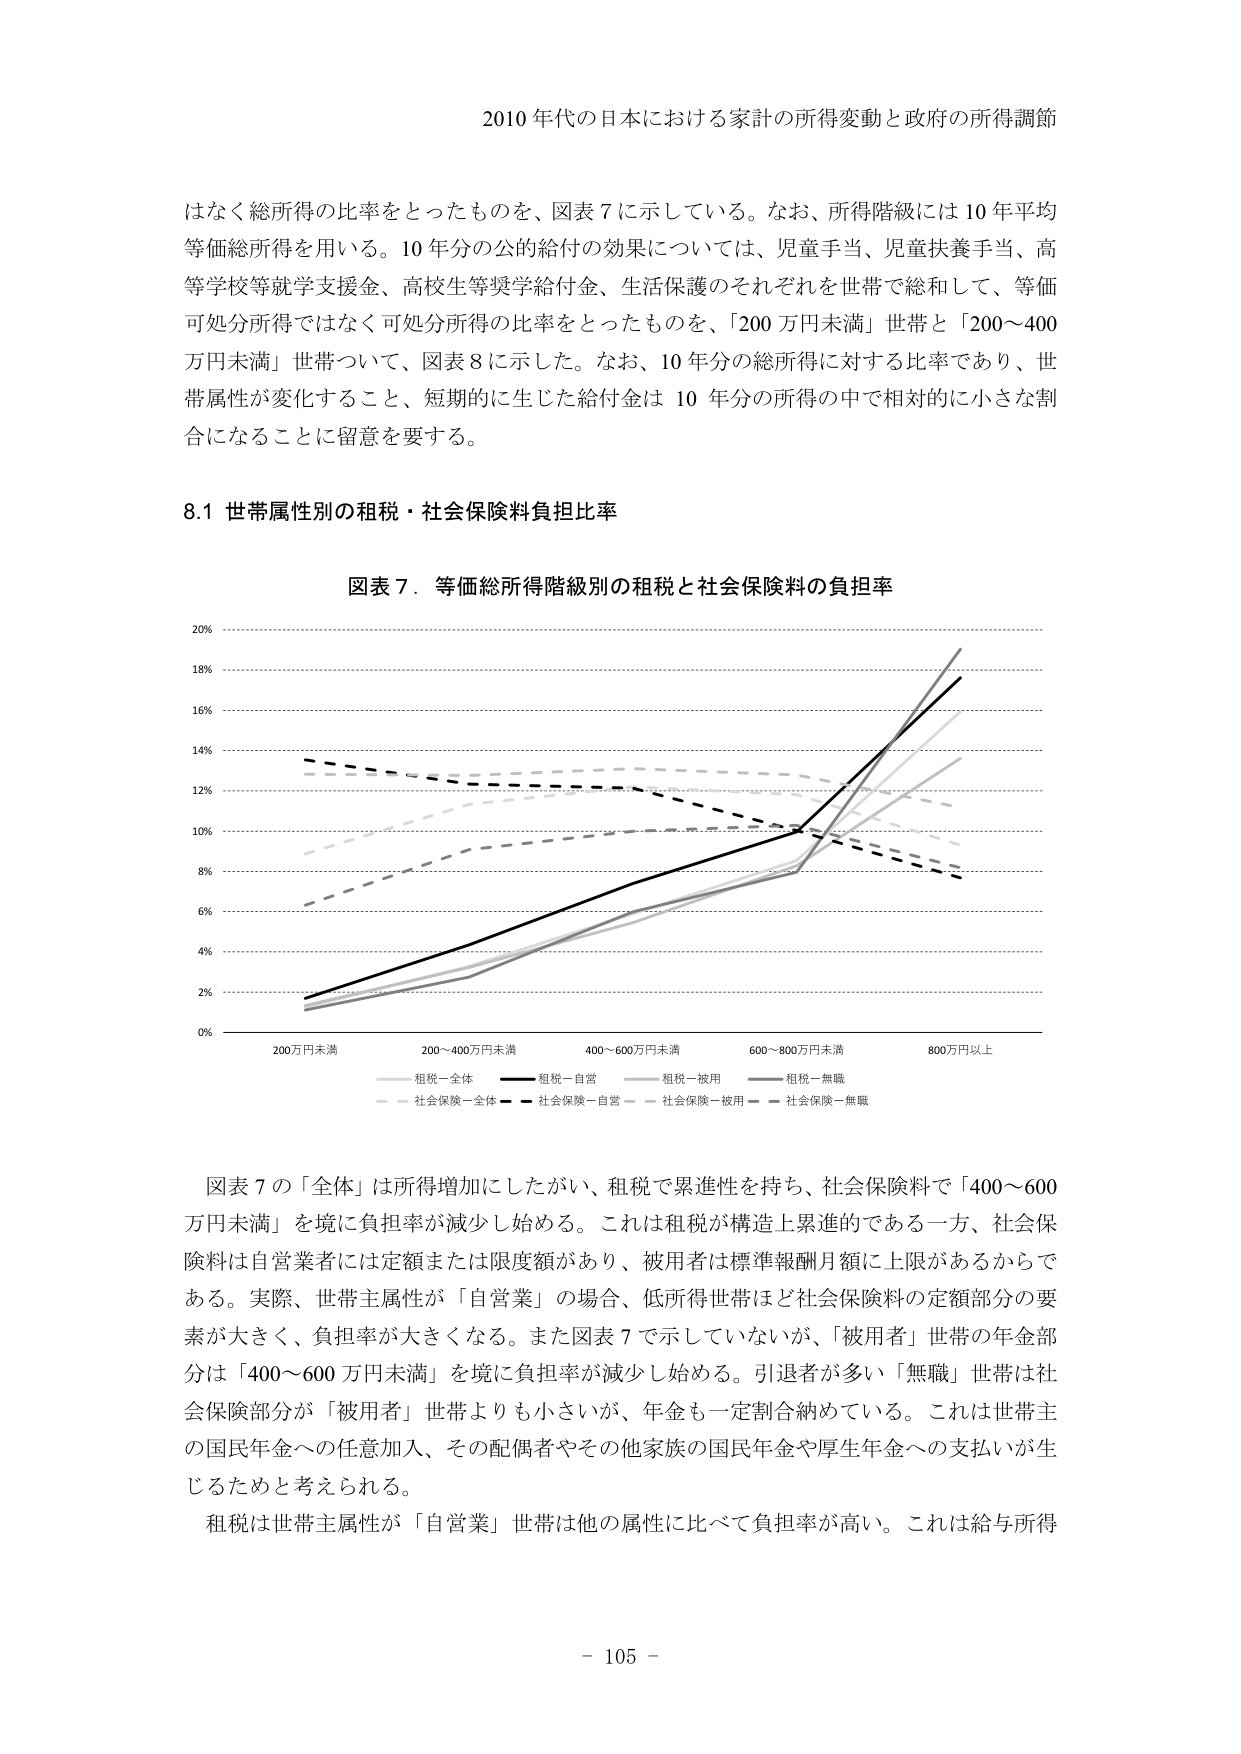
2010 年代の日本における家計の所得変動と政府の所得調節

はなく総所得の比率をとったものを、図表 7 に示している。なお、所得階級には 10 年平均等価総所得を用いる。10 年分の公的給付の効果については、児童手当、児童扶養手当、高等学校等就学支援金、高校生等奨学給付金、生活保護のそれぞれを世帯で総和して、等価可処分所得ではなく可処分所得の比率をとったものを、「200 万円未満」世帯と「200～400 万円未満」世帯ついて、図表 8 に示した。なお、10 年分の総所得に対する比率であり、世帯属性が変化すること、短期的に生じた給付金は 10 年分の所得の中で相対的に小さな割合になることに留意を要する。

8.1 世帯属性別の租税・社会保険料負担比率

図表 7．等価総所得階級別の租税と社会保険料の負担率

20%
18%
16%
14%
12%
10%
8%
6%
4%
2%
0%

200万円未満　　200～400万円未満　　400～600万円未満　　600～800万円未満　　800万円以上

租税－全体　　租税－自営　　租税－被用　　租税－無職
社会保険－全体　　社会保険－自営　　社会保険－被用　　社会保険－無職

図表 7 の「全体」は所得増加にしたがい、租税で累進性を持ち、社会保険料で「400～600 万円未満」を境に負担率が減少し始める。これは租税が構造上累進的である一方、社会保険料は自営業者には定額または限度額があり、被用者は標準報酬月額に上限があるからである。実際、世帯主属性が「自営業」の場合、低所得世帯ほど社会保険料の定額部分の要素が大きく、負担率が大きくなる。また図表 7 で示していないが、「被用者」世帯の年金部分は「400～600 万円未満」を境に負担率が減少し始める。引退者が多い「無職」世帯は社会保険部分が「被用者」世帯よりも小さいが、年金も一定割合納めている。これは世帯主の国民年金への任意加入、その配偶者やその他家族の国民年金や厚生年金への支払いが生じるためと考えられる。

租税は世帯主属性が「自営業」世帯は他の属性に比べて負担率が高い。これは給与所得

- 105 -